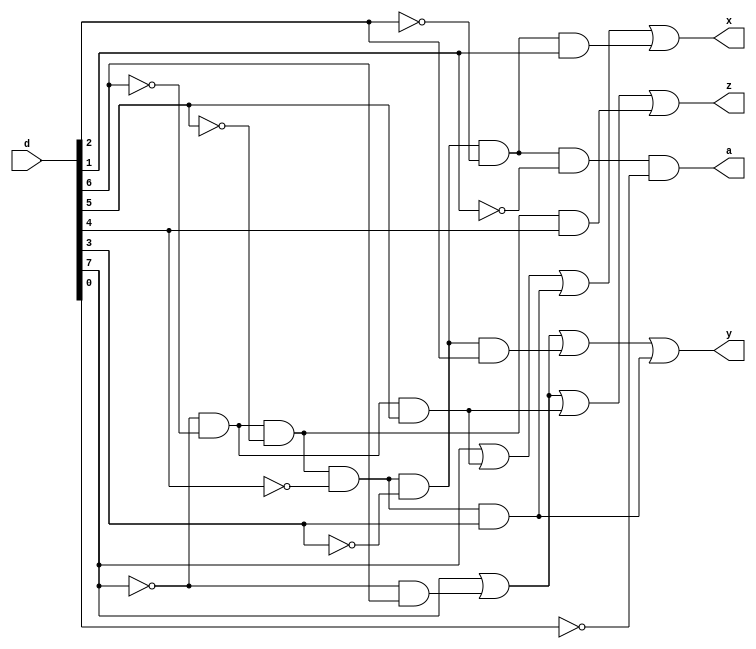
module pri_enc(d,z,y,x,a);
input [7:0]d;
output x,y,z,a;
wire [5:0]k;

assign k[0]=(~d[7]&d[6]);//a
assign k[1]=(~d[7]&~d[6]&d[5]);//b
assign k[2]=(~d[7]&~d[6]&~d[5]&d[4]);//c
assign k[3]=(~d[7]&~d[6]&~d[5]&~d[4]&d[3]);//d
assign k[4]=(~d[7]&~d[6]&~d[5]&~d[4]&~d[3]&d[2]);//e
assign k[5]=(~d[7]&~d[6]&~d[5]&~d[4]&~d[3]&~d[2]&d[1]);//f

assign z=d[7]|k[0]|k[1]|k[2];
assign y=d[7]|k[0]|k[4]|k[3];
assign x=d[7]|k[1]|k[3]|k[5];
assign a=(~d[7]&~d[6]&~d[5]&~d[4]&~d[3]&~d[2]&~d[1]&~d[0]);


endmodule